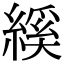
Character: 縘